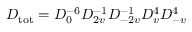
D _ { \mathrm { t o t } } = D _ { 0 } ^ { - 6 } D _ { 2 v } ^ { - 1 } D _ { - 2 v } ^ { - 1 } D _ { v } ^ { 4 } D _ { - v } ^ { 4 }